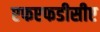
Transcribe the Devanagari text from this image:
एफएफडीसीए